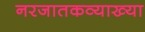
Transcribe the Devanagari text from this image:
नरजातकव्याख्या